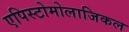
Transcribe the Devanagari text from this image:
एपिस्टोमोलाजिकल